Scientific memoirs by medical officers of the Army of India - Part VIII,
Year: 1894
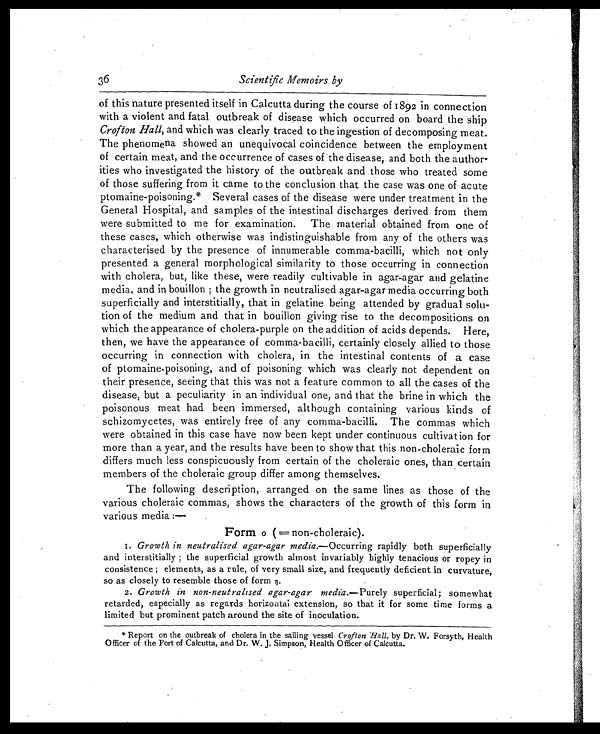
3 6
Scientific Memoirs by
of this nature presented itself in Calcutta during the course of 18 92 in connection
with a violent and fatal outbreak of disease which occurred on board the ship
Crofton Hall,a n d w h i c h w a s c l e a r l y t r a c e d t o t h e i n g e s t i o n o f d e c o m p o s i n g m e a t .
The phenomena showed an unequivocal coincidence between the employment
of certain meat, and the occurrence of cases of the disease, and both the author-
ities who investigated the history of the outbreak and those who treated some
of those suffering from it came to the conclusion that the case was one of acute
ptomaine-poisoning.* Several cases of the disease were under treatment in the
General Hospital, and samples of the intestinal discharges derived from them
were submitted to me for examination. The material obtained from one of
these cases, which otherwise was indistinguishable from any of the others was
characterised by the presence of innumerable comma-bacilli, which not only
presented a general morphological similarity to those occurring in connection
with cholera, but, like these, were readily cultivable in agar-agar and gelatine
m e d i a , a n d i n b o u i l l o n ; t h e g r o w t h i n n e u t r a l i s e d a g a r - a g a r m e d i a o c c u r r i n g b o t h
superficially and interstitially, that in gelatine being attended by gradual solu-
tion of the medium and that in bouillon giving rise to the decompositions on
which the appearance of cholera-purple on the addition of acids depends. Here,
then, we have the appearance of comma-bacilli, certainly closely allied to those
occurring in connection with cholera, in the intestinal contents of a case
of ptomaine-poisoning, and of poisoning which was clearly not dependent on
their presence, seeing that this was not a feature common to all the cases of the
disease, but a peculiarity in an individual one, and that the brine in which the
poisonous meat had been immersed, although containing various kinds of
schizomycetes, was entirely free of any comma-bacilli. The commas which
were obtained in this case have now been kept under continuous cultivation for
more than a year, and the results have been to show that this non-choleraic form
differs much less conspicuously from certain of the choleraic ones, than certain
members of the choleraic group differ among themselves.
The following description, arranged on the same lines as those of the
various choleraic commas, shows the characters of the growth of this form in
various media :—
Form o ( =non-choleraic).
1. Growth in neutralised agar-agar media.— O c c u r r i n g r a p i d l y b o t h s u p e r f i c i a l l y
and interstitially ; the superficial growth almost invariably highly tenacious or ropey in
consistence ; elements, as a rule, of very small size, and frequently deficient in curvature,
so as closely to resemble those of form η.
2. Growth in non-neutralised agar-agar media.— Purely superficial; somewhat
retarded, especially as regards horizontal extension, so that it for some time forms a
limited but prominent patch around the site of inoculation.
* Report on the outbreak of cholera in the sailing vessel Crofton 'Hall, by Dr. W. Forsyth, Health
Officer of the Port of Calcutta, and Dr. W. J. Simpson, Health Officer of Calcutta.